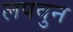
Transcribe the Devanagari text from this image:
लपवुन